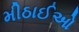
મીઠાઈઓ